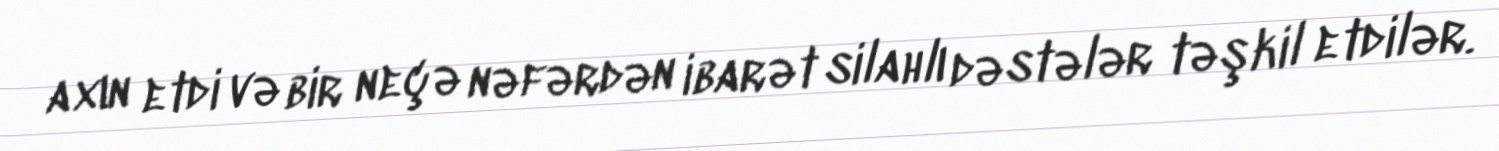
axın etdi və bir neçə nəfərdən ibarət silahlı dəstələr təşkil etdilər.